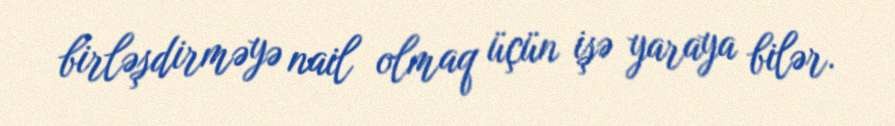
birləşdirməyə nail olmaq üçün işə yaraya bilər.